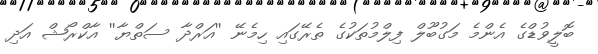
ބޮލީވުޑްގެ އެންމެ މަގުބޫލް ފިލްމުތަކުގެ ތެރޭގައި ހިމެނޭ ''އަރްދާ ސަތްޔާ'' އާކްރޯޝް އަދި